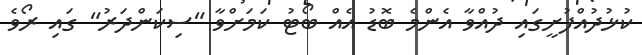
ކުޅުދުއްފުށީގައި ދުއްވާ އެންމެ ބޮޑު އެއް ބޯޓު ކަމަށްވާ "ސިކަންދަރު" ގައި ރޯވެ